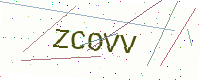
Text: ZCOVV